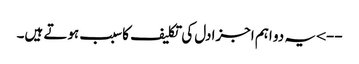
--> یہ دو اہم اجزادل کی تکلیف کاسبب ہوتے ہیں۔